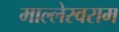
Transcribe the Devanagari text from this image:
माल्लेस्वराम